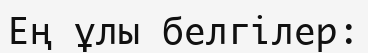
Ең ұлы белгілер: